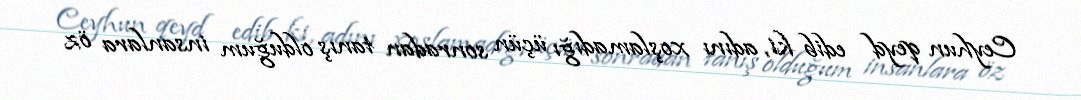
Ceyhun qeyd edib ki, adını xoşlamadığı üçün sonradan tanış olduğum insanlara öz